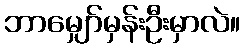
ဘာမျှော်မှန်းဦးမှာလဲ။